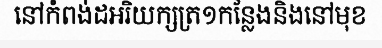
នៅកំពង់ដអរិយក្សត្រ១កន្លែងនិងនៅមុខ